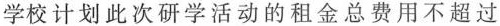
学校计划此次研学活动的租金总费用不超过